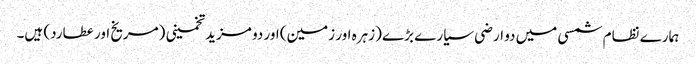
ہمارے نظام شمسی میں دو ارضی سیارے بڑے (زہرہ اور زمین) اور دو مزید تخمینی (مریخ اور عطارد) ہیں۔